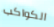
الكواكب